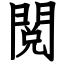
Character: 閲